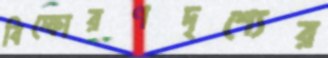
বিস্ফোরণদৃশ্যের